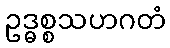
ဥဒ္ဓစ္စသဟဂတံ